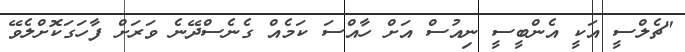
"ޗެލްސީ އަކީ އެންބީސީ ނިއުސް އަށް ހާއްސަ ކަމެއް ގެނެސްދޭނެ ވަރަށް ފާހަގަކޮށްލެވޭ